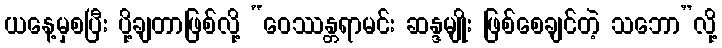
ယနေ့မှစပြီး ပို့ချတာဖြစ်လို့ “ဝေဿန္တရာမင်း ဆန္ဒမျိုး ဖြစ်စေချင်တဲ့ သဘော”လို့